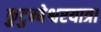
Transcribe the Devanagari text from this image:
कुटुम्बेश्वरयात्रा